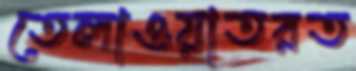
তেলাওয়াতরত